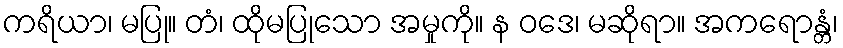
ကရိယာ၊ မပြု။ တံ၊ ထိုမပြုသော အမှုကို။ န ဝဒေ၊ မဆိုရာ။ အကရောန္တံ၊